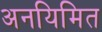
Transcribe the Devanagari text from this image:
अनयिमित